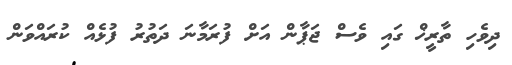
ދިވެހި ތާރީޚް ގައި ވެސް ޖަޕާން އަށް ފުރަމާނަ ދަތުރު ފުޅެއް ކުރައްވަން